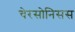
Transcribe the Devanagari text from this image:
चेरसोनिसस